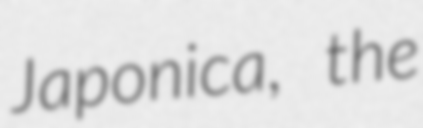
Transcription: Japonica, the